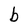
Character: b